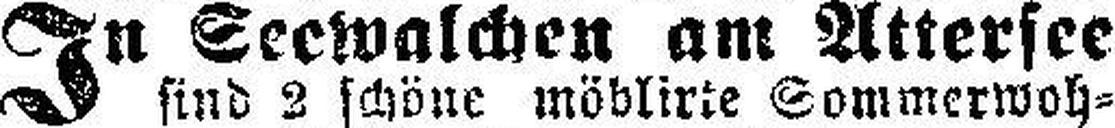
In Seewalchen am Attersee